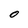
Character: O